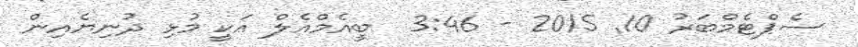
ސެޕްޓެމްބަރު 10